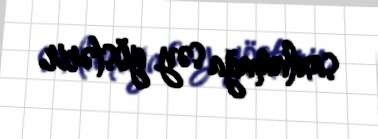
saxlamağa səy göstərir.